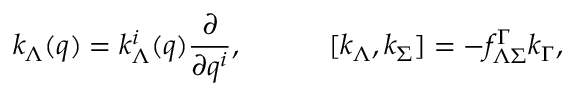
k _ { \Lambda } ( q ) = k _ { \Lambda } ^ { i } ( q ) { \frac { \partial } { \partial q ^ { i } } } , \quad \quad \quad [ k _ { \Lambda } , k _ { \Sigma } ] = - f _ { \Lambda \Sigma } ^ { \Gamma } k _ { \Gamma } ,